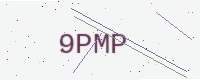
Text: 9PMP